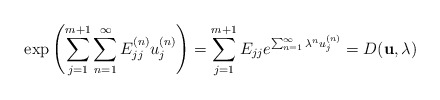
\begin{align*}\exp\left({\sum_{j=1}^{m+1} \sum_{n=1}^{\infty} E^{(n)}_{jj}u^{(n)}_j}\right)=\sum_{j=1}^{m+1} E_{jj} e^{\sum_{n=1}^{\infty} \lambda^{n} u^{(n)}_j}= D ({\bf u}, \lambda) \end{align*}